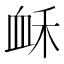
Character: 𧖲